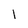
Character: 1